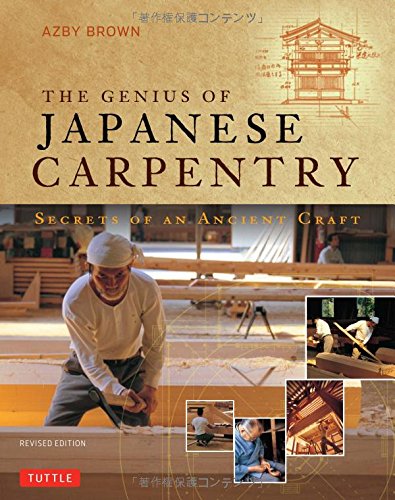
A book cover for The Genius of Japanese Carpentry: Secrets of an Ancient Craft; Azby Brown; Crafts, Hobbies & Home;